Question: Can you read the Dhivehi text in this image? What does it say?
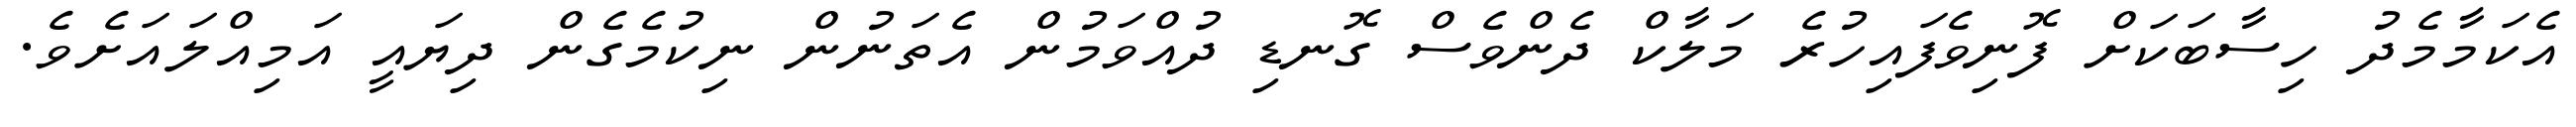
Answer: އެކަމާމެދު ހިސާބަކަށް ފޮނިވެފައިހުރެ މަލާކް ދެންވެސް ގޮނޑި ދުއްވަމުން އެތަނުން ނިކުމެގެން ދިޔައީ އަމިއްލައަށެވެ.